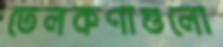
তেলকণাগুলো